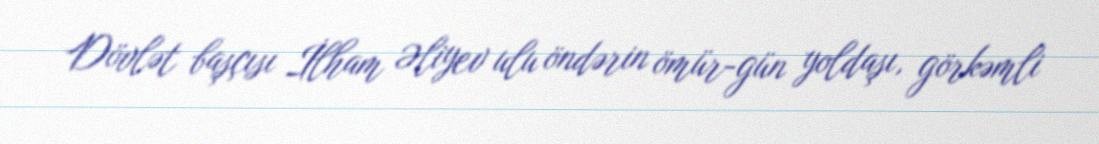
Dövlət başçısı İlham Əliyev ulu öndərin ömür-gün yoldaşı, görkəmli